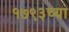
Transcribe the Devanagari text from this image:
१७९३च्या